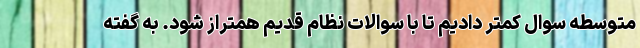
متوسطه سوال کمتر دادیم تا با سوالات نظام قدیم همتراز شود. به گفته